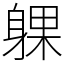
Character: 躶